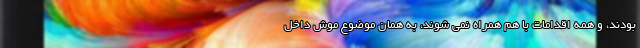
بودند، و همه اقدامات با هم همراه نمی شوند، به همان موضوع موش داخل